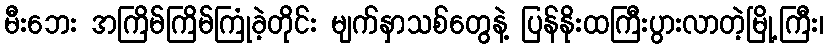
မီးဘေး အကြိမ်ကြိမ်ကြုံခဲ့တိုင်း မျက်နှာသစ်တွေနဲ့ ပြန်နိုးထကြီးပွားလာတဲ့မြို့ကြီး၊